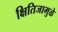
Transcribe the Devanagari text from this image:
क्षितिजामुळे